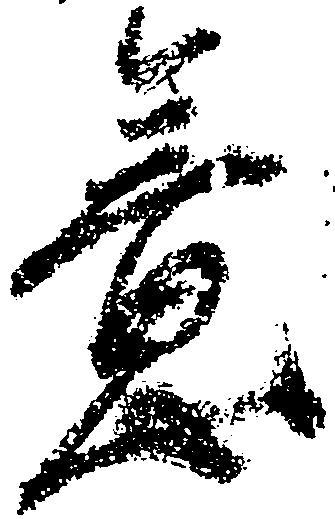
意